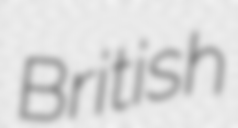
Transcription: British